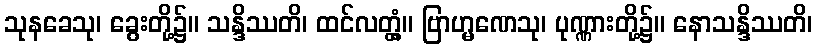
သုနခေသု၊ ခွေးတို့၌။ သန္ဒိဿတိ၊ ထင်လတ္တံ့။ ဗြာဟ္မဏေသု၊ ပုဏ္ဏားတို့၌။ နောသန္ဒိဿတိ၊